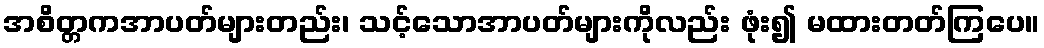
အစိတ္တကအာပတ်များတည်း၊ သင့်သောအာပတ်များကိုလည်း ဖုံး၍ မထားတတ်ကြပေ။